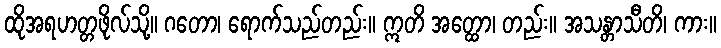
ထိုအရဟတ္တဖိုလ်သို့။ ဂတော၊ ရောက်သည်တည်း။ ဣတိ အတ္ထော၊ တည်း။ အသန္တာသီတိ၊ ကား။